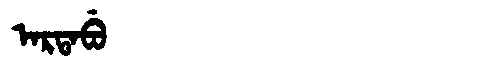
Manchu: ᠠᡵᡨᠠᠪᡠ
Romanization: ARTABU